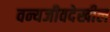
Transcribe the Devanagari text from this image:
वन्यजीवदेखील